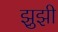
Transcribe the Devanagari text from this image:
झुझी